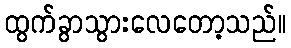
ထွက်ခွာသွားလေတော့သည်။